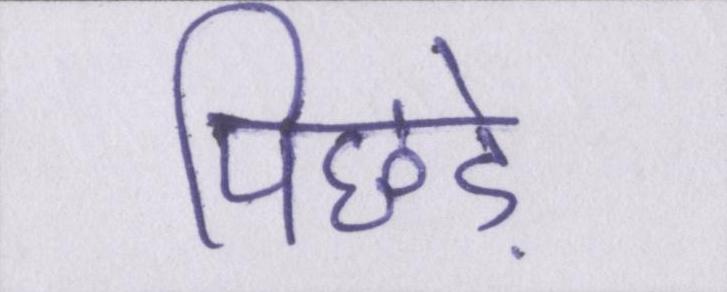
पिछड़े